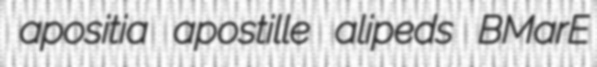
apositia apostille alipeds BMarE